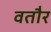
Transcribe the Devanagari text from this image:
वतौर